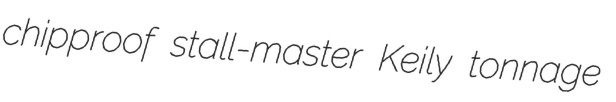
chipproof stall-master Keily tonnage